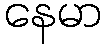
နေမာ